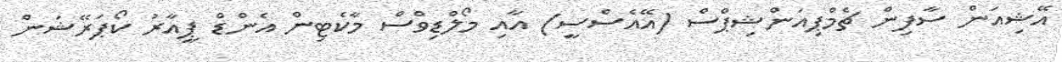
އޭޝިއަން ސާފިން ޗެމްޕިއަންޝިޕްސް (އޭއެސްސީ) އާއި މޯލްޑިވްސް މާކެޓިން އެންޑް ޕީއާރު ކޯޕަރޭޝަން